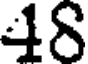
18